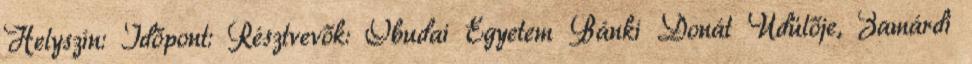
Helyszín: Időpont: Résztvevők: Óbudai Egyetem Bánki Donát Üdülője, Zamárdi